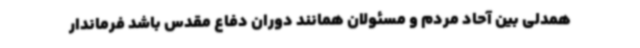
همدلی بین آحاد مردم و مسئولان همانند دوران دفاع مقدس باشد فرماندار